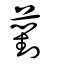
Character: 薱